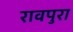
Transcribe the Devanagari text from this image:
रावपुरा